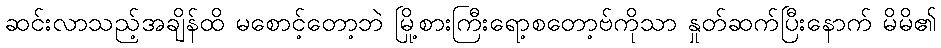
ဆင်းလာသည့်အချိန်ထိ မစောင့်တော့ဘဲ မြို့စားကြီးရော့စတော့ဗ်ကိုသာ နှုတ်ဆက်ပြီးနောက် မိမိ၏